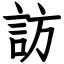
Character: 訪